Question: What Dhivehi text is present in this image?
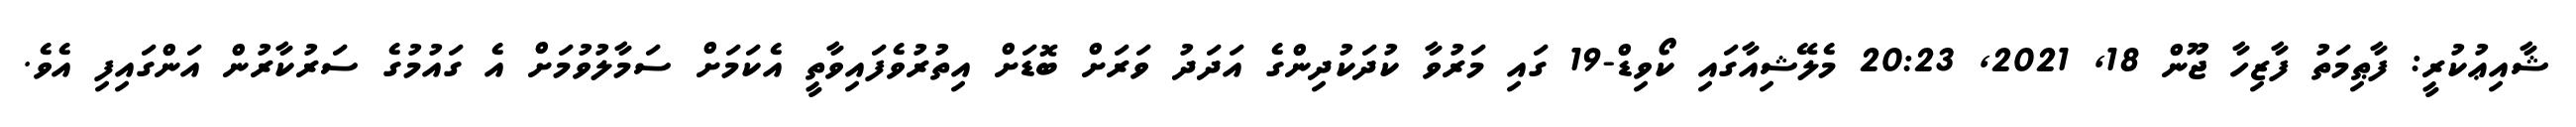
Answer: ޝާއިޢުކުރީ: ފާޠިމަތު ފާޒިހާ ޖޫން 18, 2021, 20:23 މެލޭޝިއާގައި ކޯވިޑް-19 ގައި މަރުވާ ކުދަކުދިންގެ އަދަދު ވަރަށް ބޮޑަށް އިތުރުވެފައިވާތީ އެކަމަށް ސަމާލުވުމަށް އެ ގައުމުގެ ސަރުކާރުން އަންގައިފި އެވެ.